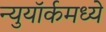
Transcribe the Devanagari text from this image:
न्युयॉर्कमध्ये